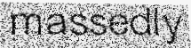
massedly